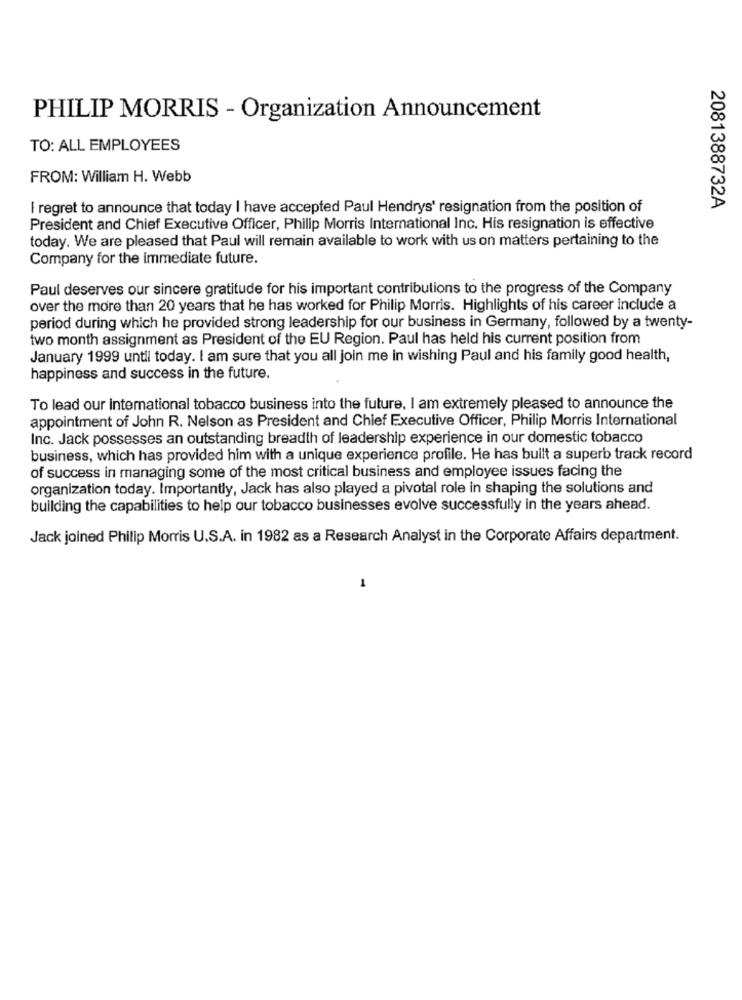
PHILIP MORRIS - Organization Announcement
TO: ALL EMPLOYEES
FROM: William H. Webb
I regret to announce that today I have accepted Paul Hendrys' resignation from the position of
2081388732A
President and Chief Executive Officer, Philip Morris International Inc. His resignation is effective
today. We are pleased that Paul will remain available to work with us on matters pertaining to the
Company for the immediate future.
Paul deserves our sincere gratitude for his important contributions to the progress of the Company
over the more than 20 years that he has worked for Philip Morris. Highlights of his career include a
period during which he provided strong leadership for our business in Germany, followed by a twenty-
two month assignment as President of the EU Region. Paul has held his current position from
January 1999 until today. I am sure that you all join me in wishing Paul and his family good health,
happiness and success in the future.
To lead our international tobacco business into the future, I am extremely pleased to announce the
appointment of John R. Nelson as President and Chief Executive Officer, Philip Morris International
Inc. Jack possesses an outstanding breadth of leadership experience in our domestic tobacco
business, which has provided him with a unique experience profile. He has built a superb track record
of success in managing some of the most critical business and employee issues facing the
organization today. Importantly, Jack has also played a pivotal role in shaping the solutions and
building the capabilities to help our tobacco businesses evolve successfully in the years ahead.
Jack joined Philip Morris U.S.A. in 1982 as a Research Analyst in the Corporate Affairs department.
1